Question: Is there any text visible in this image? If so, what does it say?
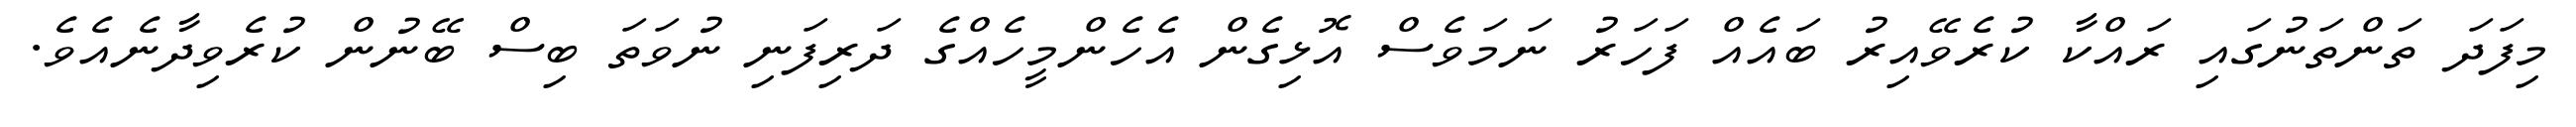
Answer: މިފަދަ ތަންތަނުގައި ރައްކާ ކުރެވޭއިރު ބައެއް ފަހަރު ނަމަވެސް އޮޅިގެން އެހެންމީހެއްގެ ދަރިފަނި ނުވަތަ ބިސް ބޭނުން ކުރެވިދާނެއެވެ.